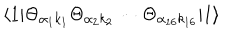
\langle 1 | \Theta _ { \alpha _ { 1 } k _ { 1 } } \Theta _ { \alpha _ { 2 } k _ { 2 } } \cdots \Theta _ { \alpha _ { 1 6 } k _ { 1 6 } } | 1 \rangle